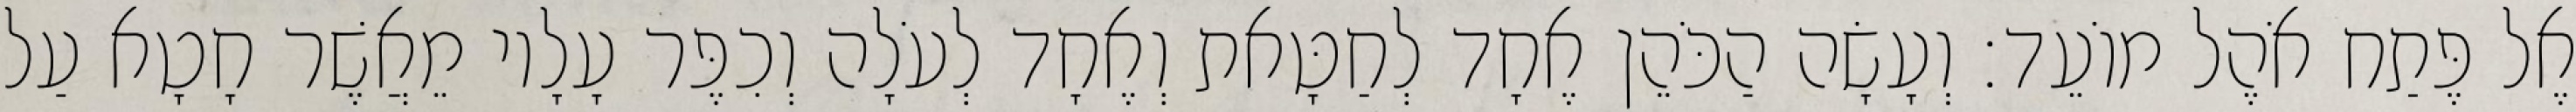
אֶל פֶּתַח אֹהֶל מוֹעֵד׃ וְעָשָׂה הַכֹּהֵן אֶחָד לְחַטָּאת וְאֶחָד לְעֹלָה וְכִפֶּר עָלָיו מֵאֲשֶׁר חָטָא עַל